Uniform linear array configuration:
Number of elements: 48
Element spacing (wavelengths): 0.5
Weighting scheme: kaiser
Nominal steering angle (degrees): -15
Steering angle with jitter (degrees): -16.315
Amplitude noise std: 0.05
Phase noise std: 0.05

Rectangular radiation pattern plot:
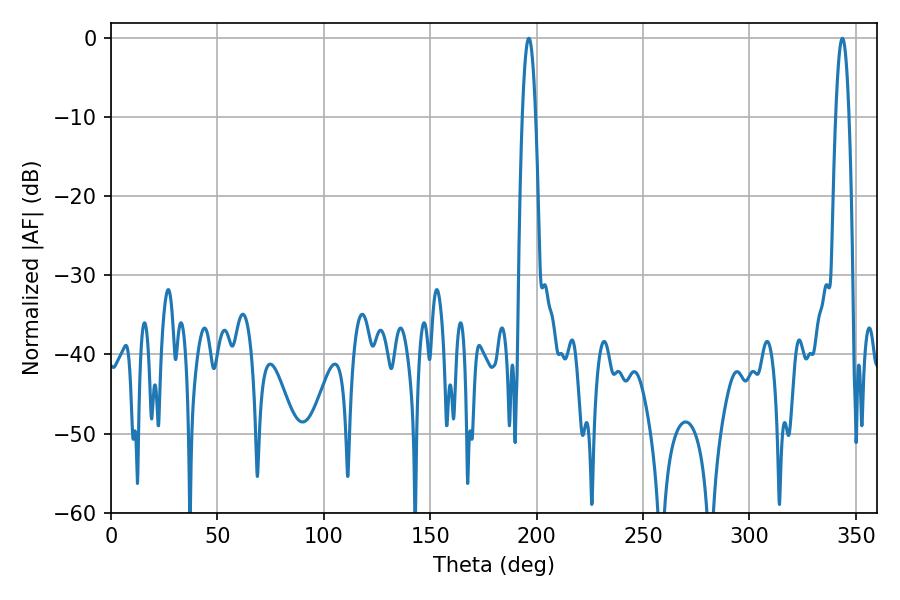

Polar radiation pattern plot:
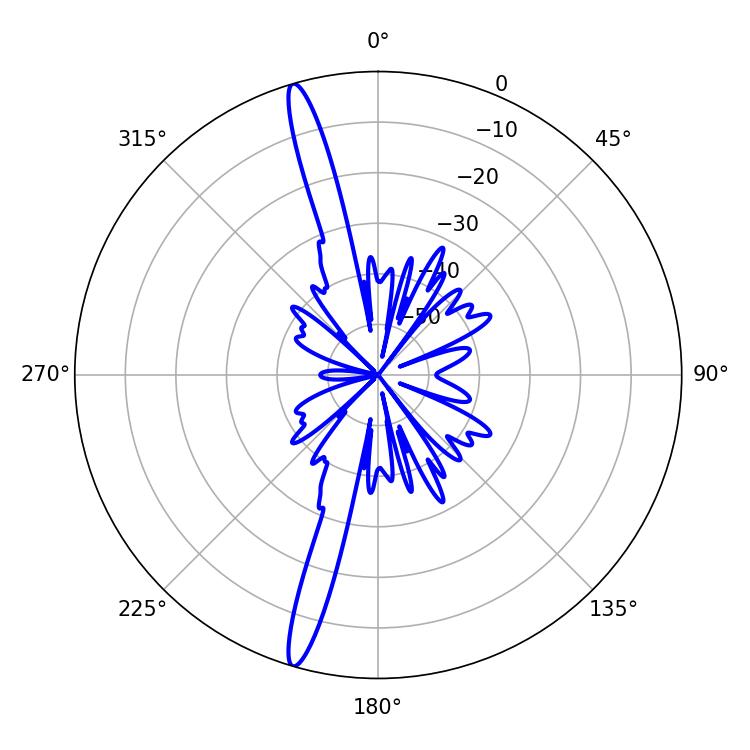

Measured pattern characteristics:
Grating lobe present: FALSE
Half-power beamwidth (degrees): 3.42
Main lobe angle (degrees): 196.38